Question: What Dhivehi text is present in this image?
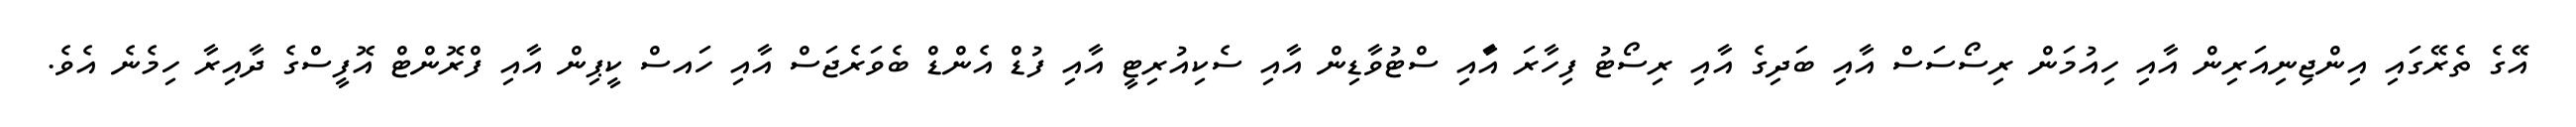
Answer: އޭގެ ތެރޭގައި އިންޖިނިއަރިން އާއި ހިއުމަން ރިސޯސަސް އާއި ބަދިގެ އާއި ރިސޯޓު ފިހާރަ އާައި ސްޓުވާޑިން އާއި ސެކިއުރިޓީ އާއި ފުޑް އެންޑް ބެވަރެޖަސް އާއި ހައސް ކީޕިން އާއި ފްރޮންޓް އޮފީސްގެ ދާއިރާ ހިމެނެ އެވެ.